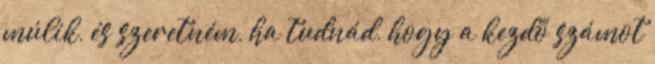
múlik, és szeretném, ha tudnád, hogy a kezdő számot